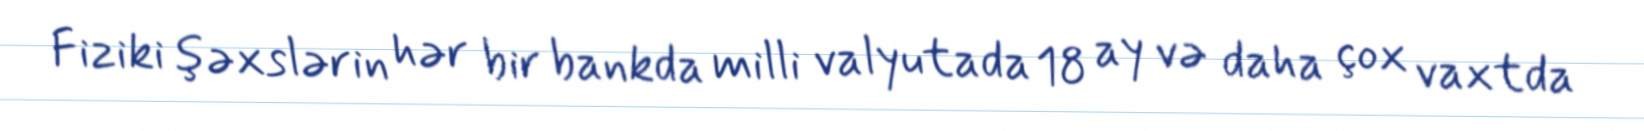
Fiziki şəxslərin hər bir bankda milli valyutada 18 ay və daha çox vaxtda